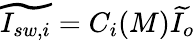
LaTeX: \widetilde{I_{sw,i}}=C_{i}(M)\widetilde{I_{o}}